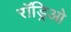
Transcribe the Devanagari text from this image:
रॉड्रिओ